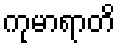
ကုမာရာတိ